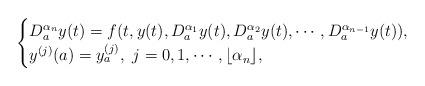
LaTeX: \begin{align*} \begin{cases}D^{\alpha_n}_ay(t) = f(t,y(t),D^{\alpha_1}_ay(t),D^{\alpha_2}_ay(t),\cdots,D^{\alpha_{n-1}}_ay(t)),\\y^{(j)}(a) = y^{(j)}_{a},~j = 0,1,\cdots,\lfloor \alpha_n \rfloor,\end{cases}\end{align*}